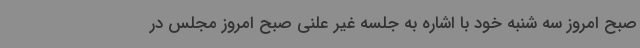
صبح امروز سه شنبه خود با اشاره به جلسه غیر علنی صبح امروز مجلس در